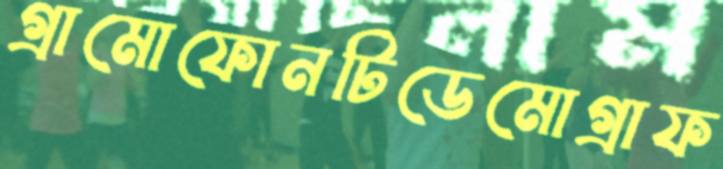
গ্রামোফোনটিডেমোগ্রাফ